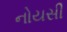
નોયસી